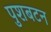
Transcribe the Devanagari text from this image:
पुशबटन